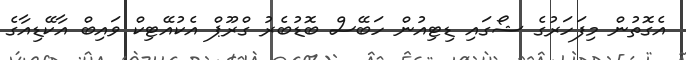
އެގޮތުން މިފަހަރުގެ ޝޯގައި ޑިޓިއުން ހަބޭސް ބޮޑުބެރު ގްރޫޕް އެކުއޭޓިކް ވައިބް އާކޭޑިއާގެ